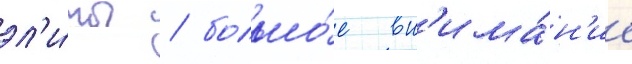
эл'и́ты / большо́е вн'има́н'ие